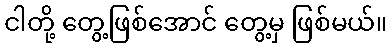
ငါတို့ တွေ့ဖြစ်အောင် တွေ့မှ ဖြစ်မယ်။